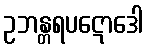
ဥဘန္တရပဋောဒေါ